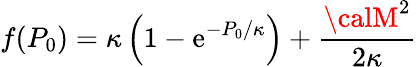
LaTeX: f(P_{0})=\kappa\left(1-\mathrm{e}^{-P_{0}/\kappa}\right)+\frac{{{\calM}^{2}}}{{2\kappa}}